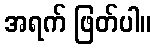
အရက် ဖြတ်ပါ။